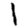
Digit: 1